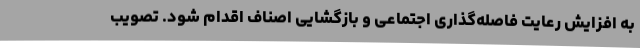
به افزایش رعایت فاصله‌گذاری اجتماعی و بازگشایی اصناف اقدام شود. تصویب